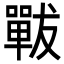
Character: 𡁳